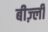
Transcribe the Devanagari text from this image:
बीज़्ली